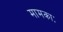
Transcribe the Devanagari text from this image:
मामकाः